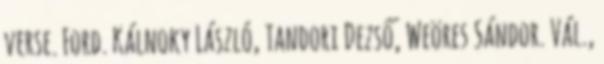
verse. Ford. Kálnoky László, Tandori Dezső, Weöres Sándor. Vál.,